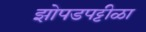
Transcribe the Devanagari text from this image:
झोपडपट्टीळा